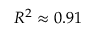
R ^ { 2 } \approx 0 . 9 1